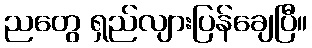
ညတွေ ရှည်လျားပြန်ချေပြီ။